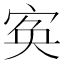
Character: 𡨡